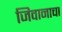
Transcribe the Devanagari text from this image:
जिवानाचा